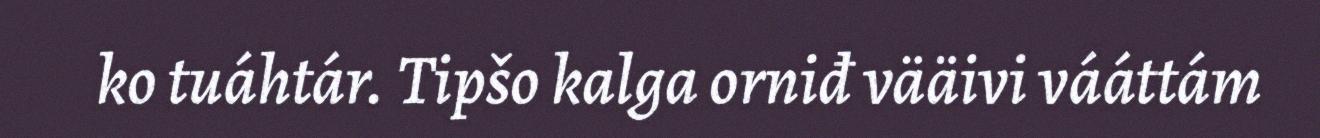
ko tuáhtár. Tipšo kalga orniđ vääivi vááttám